Civil Veterinary Department Bihar & Orissa reports 1929-36 - 1929-1936
Year: 1929
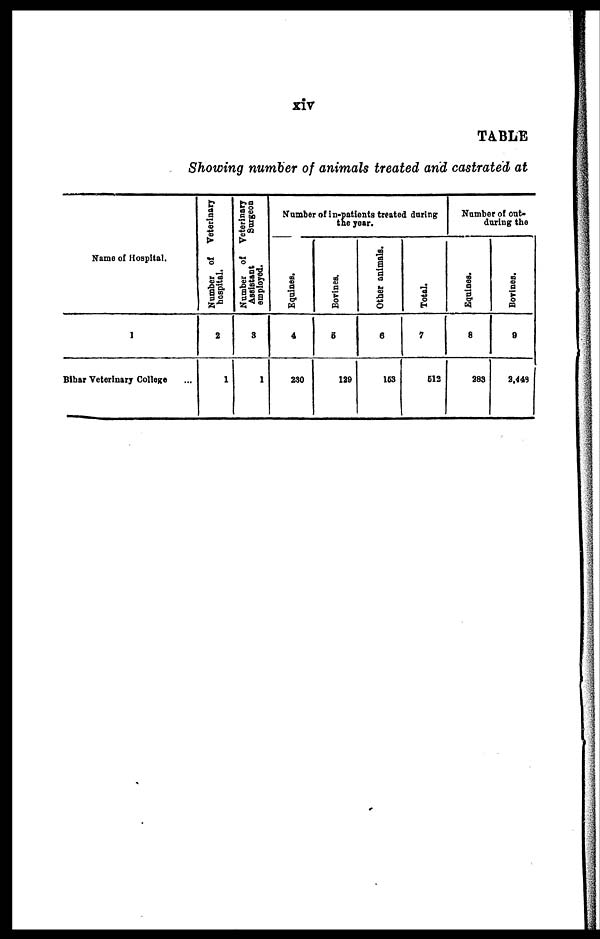
xiv
TABLE
Showing number of animals treated and castrated at
Name of Hospital.
I
Bihar Veterinary College ...
Number of Veterinary
hospital.
2
1
Number of Veterinary
Assistant
Surgeon
employed.
3
1
Number of in-patients treated during
the year.
Equines.
4
290
Bovines.
6
129
Other animals.
6
163
Total.
7
612
Number of out-
during the
Equines.
8
283
Bovines.
9
2,449